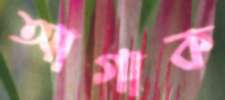
আগাক